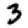
Digit: 3